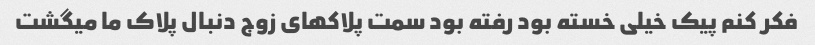
فکر کنم پیک خیلی خسته بود رفته بود سمت پلاکهای زوج دنبال پلاک ما میگشت